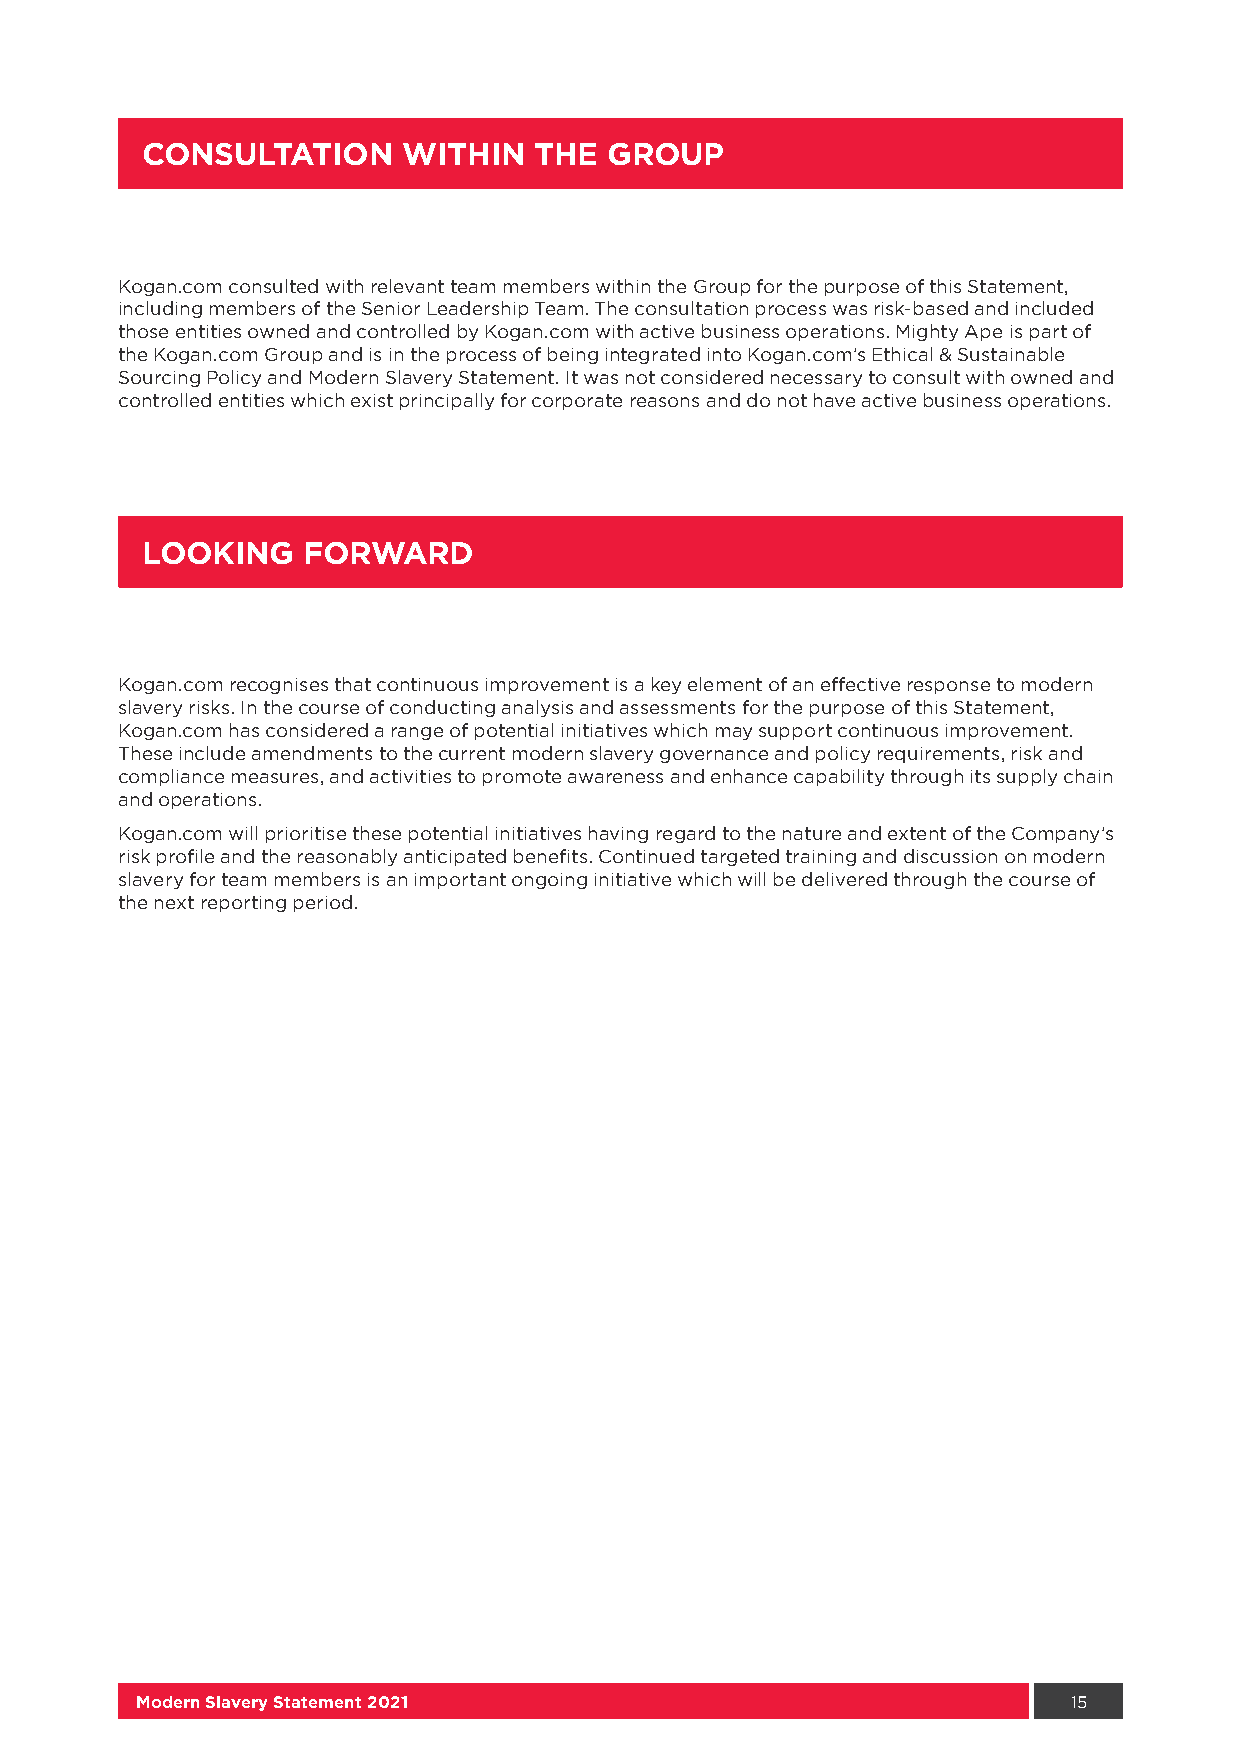
CONSULTATION      WITHIN  THE  GROUP
 Kogan.com consulted with relevant team members within the Group for the purpose of this Statement,
 including members of the Senior Leadership Team. The consultation process was risk-based and included
 those entities owned and controlled by Kogan.com with active business operations. Mighty Ape is part of
 the Kogan.com Group and is in the process of being integrated into Kogan.com’s Ethical & Sustainable
 Sourcing Policy and Modern Slavery Statement. It was not considered necessary to consult with owned and
 controlled entities which exist principally for corporate reasons and do not have active business operations.
 LOOKING    FORWARD
 Kogan.com recognises that continuous improvement is a key element of an effective response to modern
 slavery risks. In the course of conducting analysis and assessments for the purpose of this Statement,
 Kogan.com has considered a range of potential initiatives which may support continuous improvement.
 These include amendments to the current modern slavery governance and policy requirements, risk and
 compliance measures, and activities to promote awareness and enhance capability through its supply chain
 and operations.
 Kogan.com will prioritise these potential initiatives having regard to the nature and extent of the Company’s
 risk profile and the reasonably anticipated benefits. Continued targeted training and discussion on modern
 slavery for team members is an important ongoing initiative which will be delivered through the course of
 the next reporting period.
 Modern Slavery Statement 2021                                 15